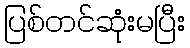
ပြစ်တင်ဆုံးမပြီး